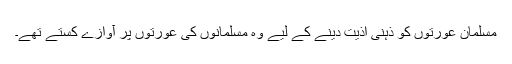
مسلمان عورتوں کو ذہنی اذیت دینے کے لیے وہ مسلمانوں کی عورتوں پر آوازے کستے تھے۔